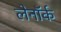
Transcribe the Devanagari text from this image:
लेनॉर्क